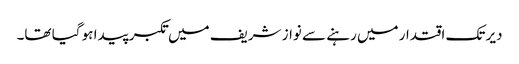
دیر تک اقتدار میں رہنے سے نواز شریف میں تکبر پیدا ہو گیا تھا۔